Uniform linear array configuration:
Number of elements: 8
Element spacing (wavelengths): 1
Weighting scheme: cosine
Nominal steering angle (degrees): -45
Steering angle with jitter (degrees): -44.858
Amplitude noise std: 0.05
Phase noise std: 0.05

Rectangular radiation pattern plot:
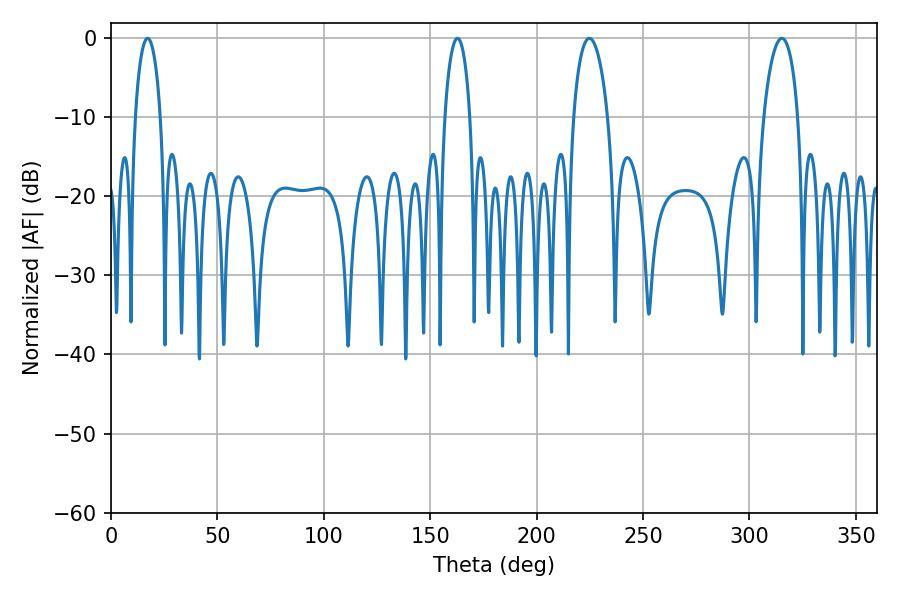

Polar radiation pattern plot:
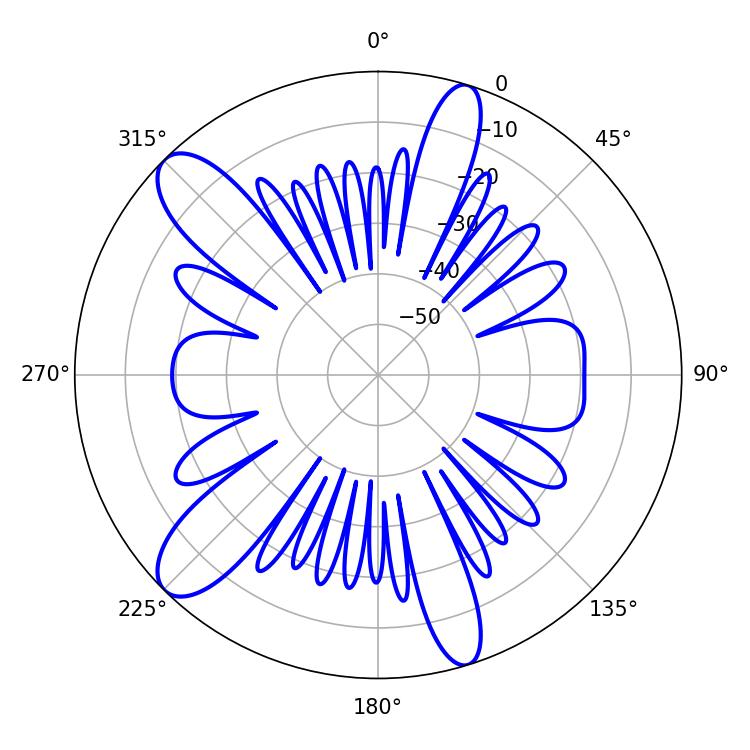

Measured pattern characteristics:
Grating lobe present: TRUE
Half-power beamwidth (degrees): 9.18
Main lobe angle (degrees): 315.18